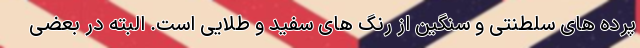
پرده های سلطنتی و سنگین از رنگ های سفید و طلایی است. البته در بعضی